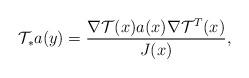
LaTeX: \begin{align*}{\cal T}_* a (y) = \frac{\nabla {\cal T} (x) a(x) \nabla {\cal T} ^{T}(x)}{J(x)}, \end{align*}